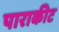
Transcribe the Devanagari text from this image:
पाराकीट